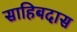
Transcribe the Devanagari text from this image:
साहिबदास